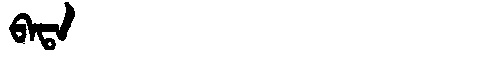
Manchu: ᠪᠠᡨᠠ
Romanization: BATA